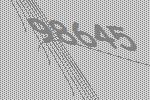
98645